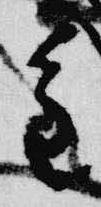
重